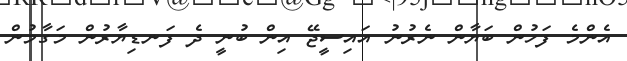
އެންމެ ފަހުން ބަޔާން ނެރުނު އައިސީޖޭ އިން ބުނީ ދެ ފަނޑިޔާރުން މަގާމުން